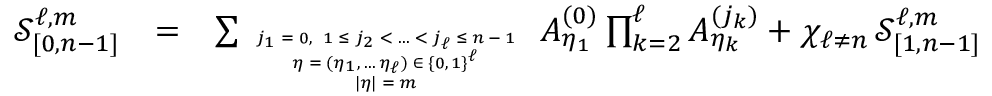
\begin{array} { r l r } { \mathcal { S } _ { [ 0 , n - 1 ] } ^ { \ell , m } } & { = } & { \sum _ { \tiny \begin{array} { c } { j _ { 1 } = 0 , \ 1 \leq j _ { 2 } < \ldots < j _ { \ell } \leq n - 1 } \\ { \eta = ( \eta _ { 1 } , \ldots \eta _ { \ell } ) \in \{ 0 , 1 \} ^ { \ell } } \\ { | \eta | = m } \end{array} } A _ { \eta _ { 1 } } ^ { ( 0 ) } \prod _ { k = 2 } ^ { \ell } A _ { \eta _ { k } } ^ { ( j _ { k } ) } + \chi _ { \ell \neq n } \, \mathcal { S } _ { [ 1 , n - 1 ] } ^ { \ell , m } } \end{array}